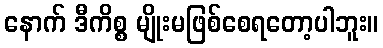
နောက် ဒီကိစ္စ မျိုးမဖြစ်စေရတော့ပါဘူး။